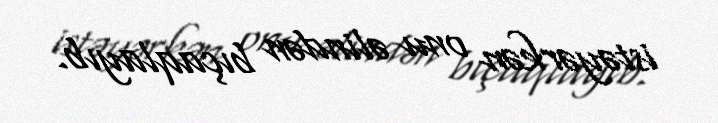
istəyərkən onu əlindən bıçaqlayıb.